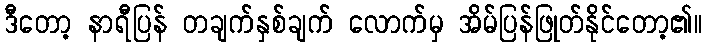
ဒီတော့ နာရီပြန် တချက်နှစ်ချက် လောက်မှ အိမ်ပြန်ဖြုတ်နိုင်တော့၏။